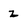
Character: z